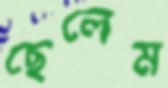
ছেলেম